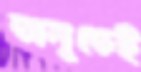
তালুতেই